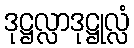
ဒုဋ္ဌလ္လာဒုဋ္ဌုလ္လံ